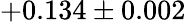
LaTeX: +0.134\pm 0.002